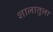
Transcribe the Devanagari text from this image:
शालातुला